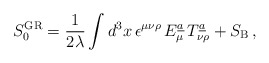
\begin{align*}S^{\rm GR}_{0} = {1\over 2 \lambda} \int d^{3}x\, \epsilon^{\mu\nu\rho}\, E^{\underline{a}}_{\mu}\, T^{\underline{{a}}}_{\nu\rho} + S_{\rm B} \, ,\end{align*}